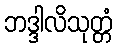
ဘဒ္ဒါလိသုတ္တံ